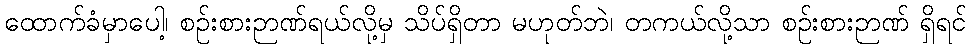
ထောက်ခံမှာပေါ့၊ စဉ်းစားဉာဏ်ရယ်လို့မှ သိပ်ရှိတာ မဟုတ်ဘဲ၊ တကယ်လို့သာ စဉ်းစားဉာဏ် ရှိရင်